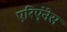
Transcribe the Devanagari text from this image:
एरिएंनेस